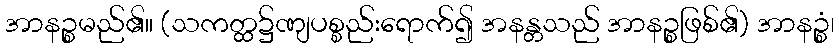
အာနဉ္စမည်၏။ (သကတ္ထ၌ဏျပစ္စည်းရောက်၍ အနန္တသည် အာနဉ္စဖြစ်၏) အာနဉ္စံ၊